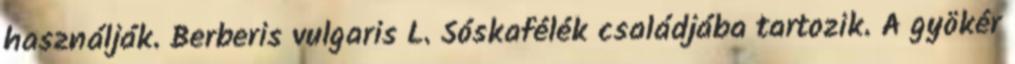
használják. Berberis vulgaris L. Sóskafélék családjába tartozik. A gyökér